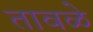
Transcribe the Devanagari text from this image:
तावळे